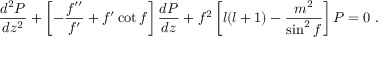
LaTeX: \frac { d ^ { 2 } P } { d z ^ { 2 } } + \left[ - \frac { f ^ { \prime \prime } } { f ^ { \prime } } + f ^ { \prime } \cot f \right] \frac { d P } { d z } + f ^ { 2 } \left[ l ( l + 1 ) - \frac { m ^ { 2 } } { \sin ^ { 2 } f } \right] P = 0 ~ .